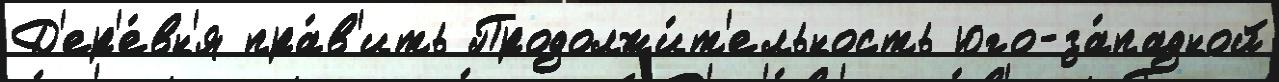
Д'ер'е́вн'я пра́в'ить Продолжи́т'ельность юго-за́падной